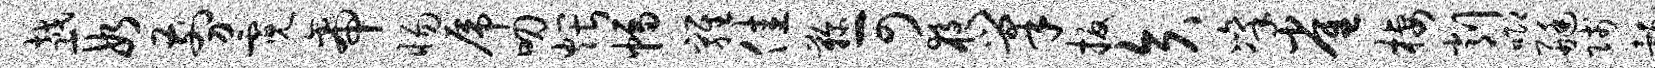
越段剪霓帝惕虎叨煨幅鸡佳鞠可夜巢扳矢凛雀栖削唧艇贱彀